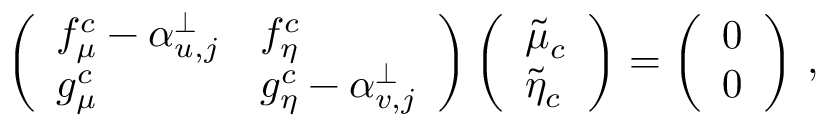
\left( \begin{array} { l l } { f _ { \mu } ^ { c } - \alpha _ { u , j } ^ { \perp } } & { f _ { \eta } ^ { c } } \\ { g _ { \mu } ^ { c } } & { g _ { \eta } ^ { c } - \alpha _ { v , j } ^ { \perp } } \end{array} \right) \left( \begin{array} { l } { \tilde { \mu } _ { c } } \\ { \tilde { \eta } _ { c } } \end{array} \right) = \left( \begin{array} { l } { 0 } \\ { 0 } \end{array} \right) \, ,